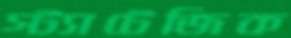
স্ট্যাটেজিক